Laimjala_vallavalitsus, lk 8
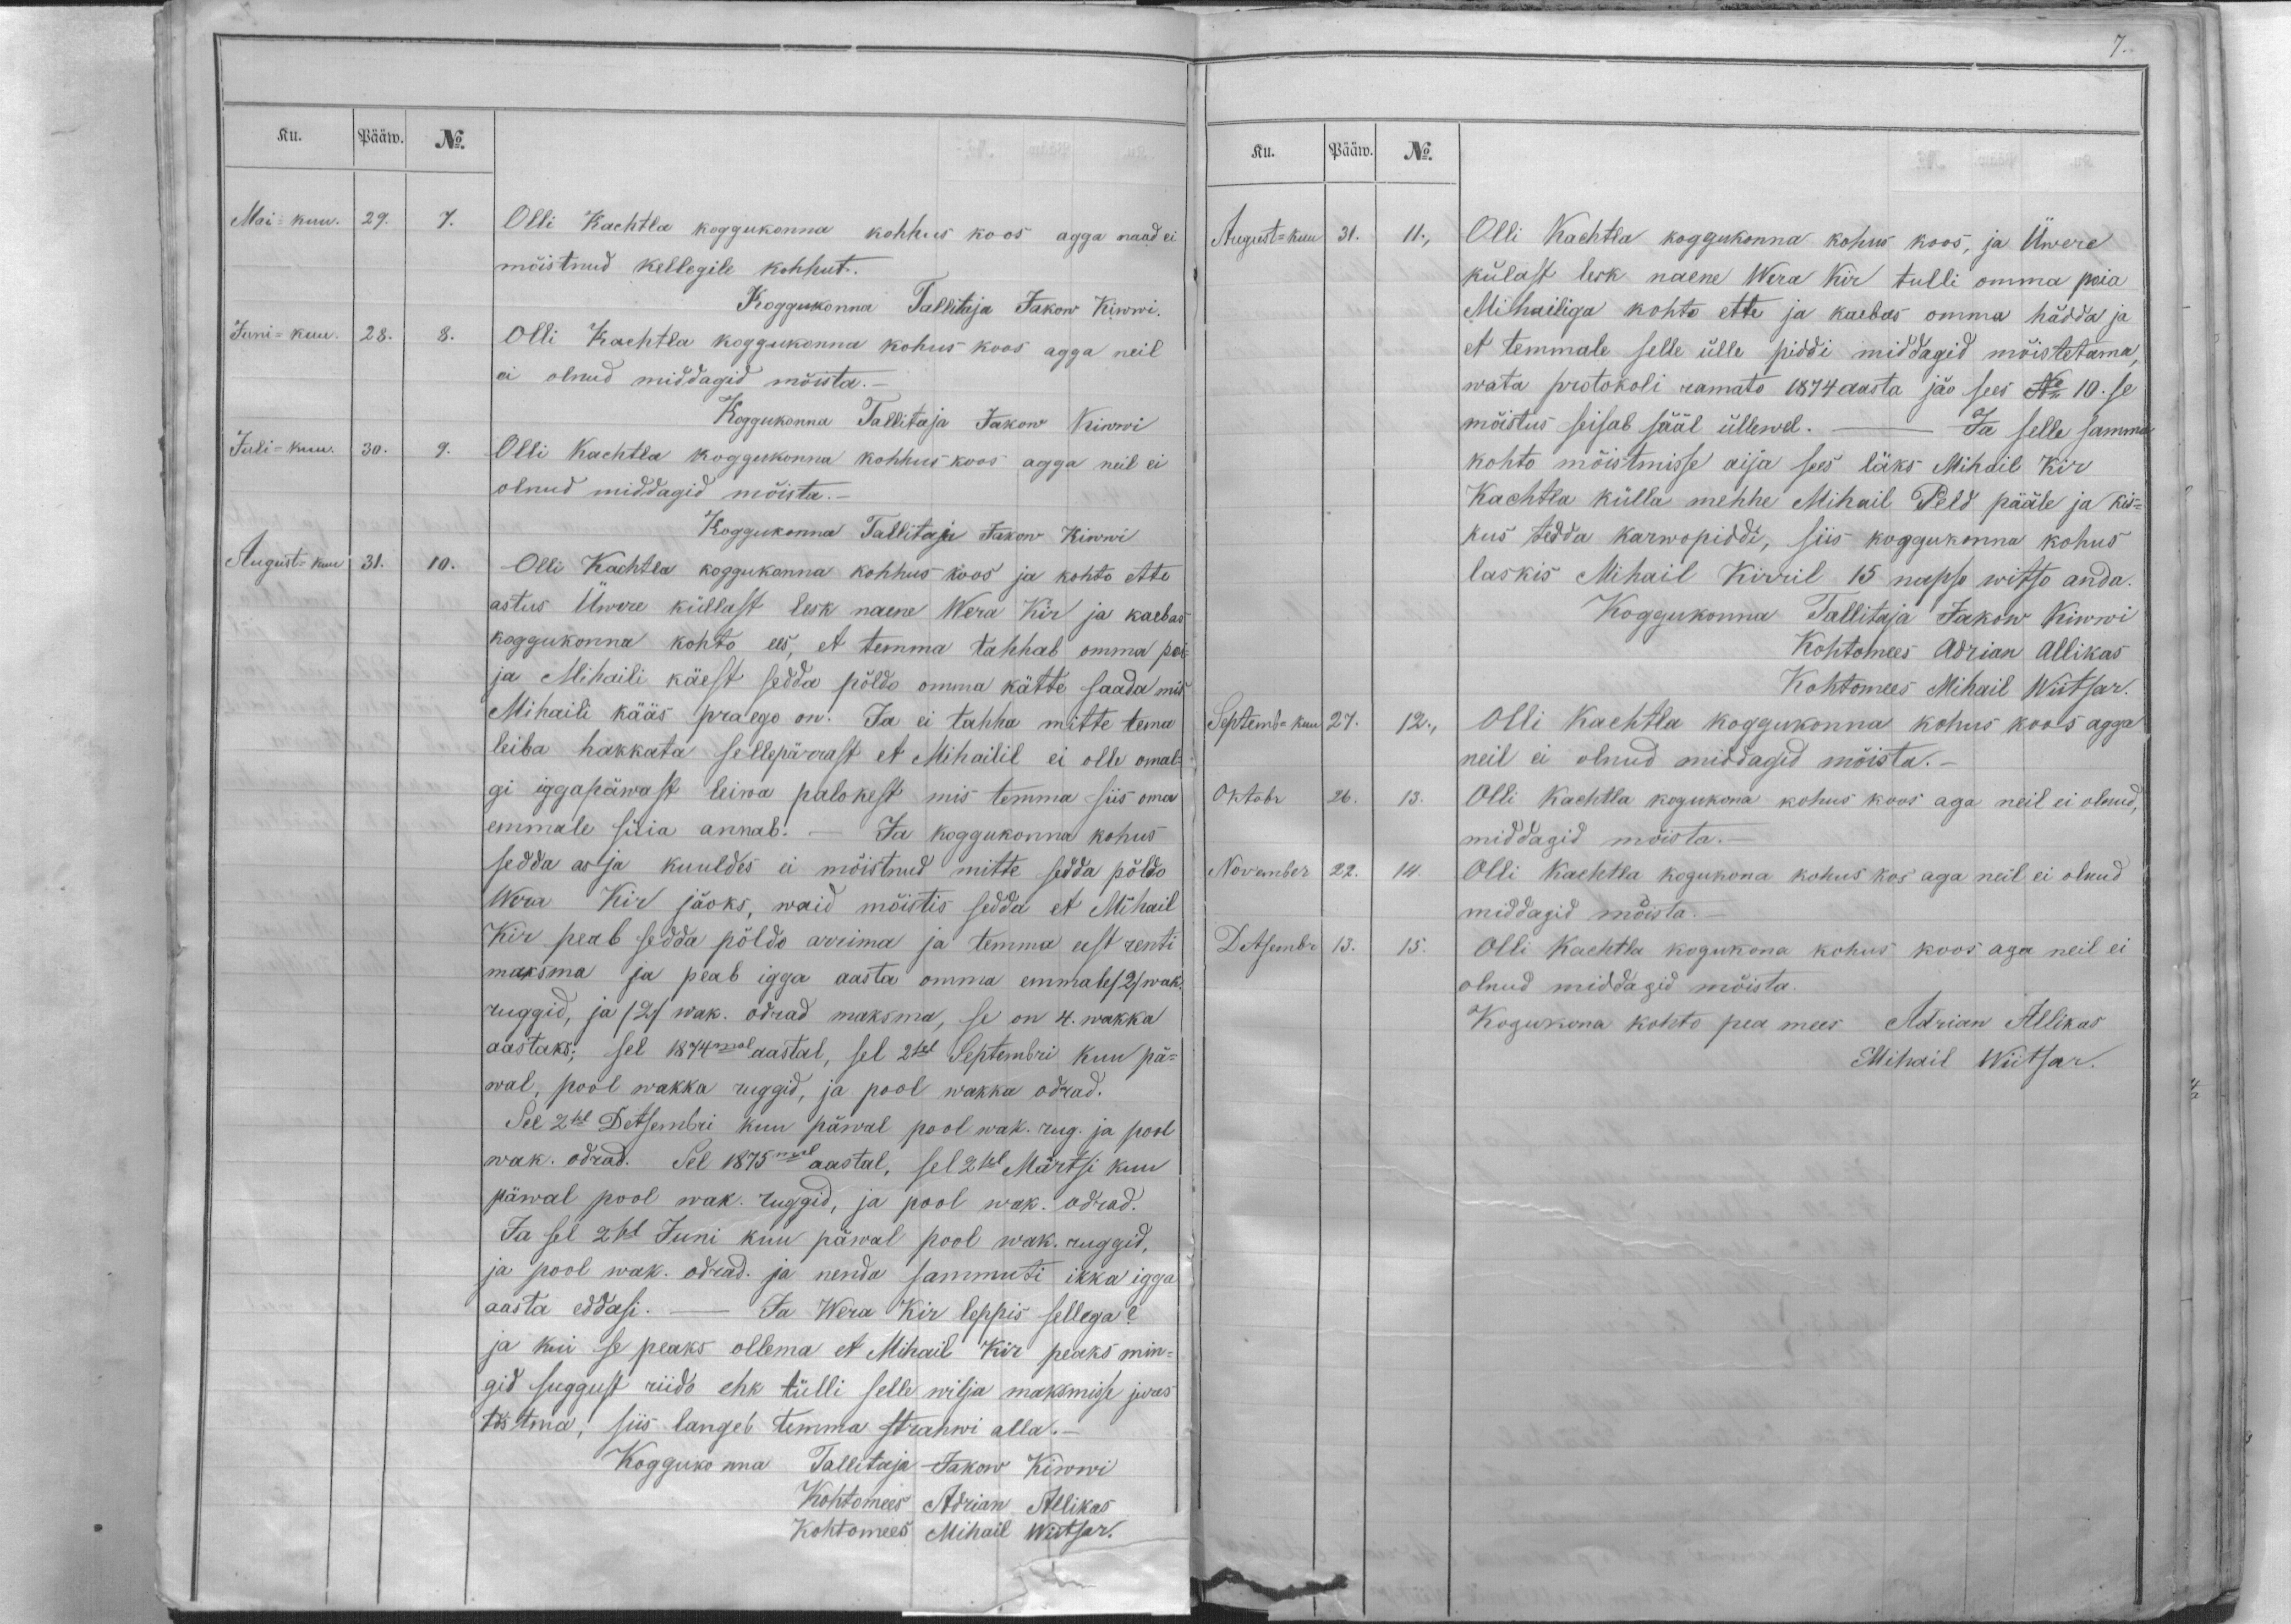
Ku.
Pääw.
No.
Mai-kuu.
29.
7.
Olli Kachtla koggukonna kohhus koos agga naad ei
mõistnud kellegile kohhut.
Koggukonna Tallitaja Jakow Kiwwi.
Juni- kuu.
28.
8.
Olli Kachtla koggukonna kohus koos agga neil
ei olnud middagid mõista._
Koggukonna Tallitaja Jakow Kiwwi
Juli-kuu.
30.
9.
Olli Kachtla koggukonna kohhus koos agga neil ei
olnud middagid mõista.-
Koggukonna Tallitaja Jakow Kiwwi
August-kuu
31.
10.
Olli Kachtla koggukonna kohhus koos ja kohto ette
astus Üwere küllast lesk naene Werra Kir ja kaebas
koggukonna kohto ees, et temma tahhab omma poi-
ja Mihaili käest sedda põldo omma kätte saada mis
Mihaili kääs praego on. Ja ei tahha mitte tema
leiba hakkata sellepärrast et Mihailil ei olle omal-
gi iggapäwast leiwa palokest, mis temma siis oma
emmale süia annab. - Ja koggukonna kohus
sedda asja kuuldes ei mõistnud mitte sedda põldo
Wera Kir jäoks, waid mõistis sedda et Mihail
Kir peab sedda põldo arrima ja temma eest renti
maksma ja peab igga aasta omma emmal /2/ wak.
ruggid, ja /2/ wak. odrad maksma, se on 4. wakka
aastaks; sel 1874mal aastal, sel 2sel Septembri kuu pä-
wal, pool wakka ruggid, ja pool wakka odrad.
Sel 2sel Detsembri kuu päwal pool wak. rug. ja pool
wak. odrad. Sel 1875mal aastal, sel 2sel Märtsi kuu
päwal pool wak. ruggid, ja pool wak. odrad.
Ja sel 2sel Juni kuu päwal pool wak. ruggid,
ja pool wak. odrad. ja nenda sammuti ikka igga
aasta eddasi. - Ja Wera Kir leppis sellega?
ja kui se peaks ollema et Mihail Kir peaks min-
gid suggust riido ehk tülli selle wilja maksmisse jures
tõstma, siis langeb temma strahwi alla._
Koggukonna Tallitaja Jakow Kiwwi
Kohtomees Adrian Allikas
Kohtomees Mihail Wiitsar.

Ku.
Pääw.
No.
August-kuu
31.
11.,
Olli Kachtla koggukonna kohus koos, ja Üwere
külast lesk naene Wera Kir tulli omma poia
Mihailiga kohto ette ja kaebas omma hädda ja
et temmale selle ülle piddi middagid mõistetama,
wata protokoli ramato 1874 aasta jäo sees No 10. se
mõistus seisab sääl üllewal. - Ja selle samma
kohto mõistmisse aija sees läks Mihail Kir
Kachtla külla mehhe Mihail Peld pääle ja kis-
kus tedda karwopiddi, siis koggukonna kohus
laskis Mihail Kirril 15 napso witso anda.
Koggukonna Tallitaja Jakow Kiwwi
Kohtomees Adrian Allikas
Kohtomees Mihail Wiitsar.
Septemb-kuu
27.
12.,
Olli Kachtla koggukonna kohus koos agga
neil ei olnud middagid mõista._
Oktobr
26.
13.
Olli Kachtla kogukona kohus koos aga neil ei olnud,
middagid mõista._
November
22.
14.
Olli Kachtla kogukona kohus kos aga neil ei olnud
middagid mõista._
Detsembr
13.
15.
Olli Kachtla kogukona kohus koos aga neil ei
olnud middagid mõista.
Kogukona kohto pea mees Adrian Allikas
Mihail Wiitsar.